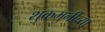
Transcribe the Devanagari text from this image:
शुकमुनींच्या